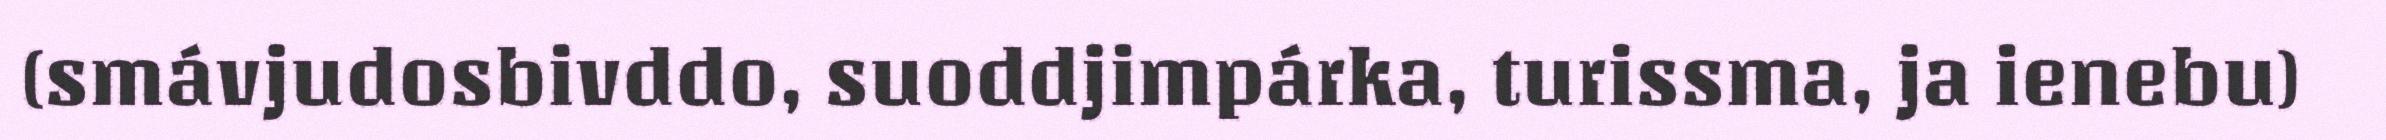
(smávjudosbivddo, suoddjimpárka, turissma, ja ienebu)